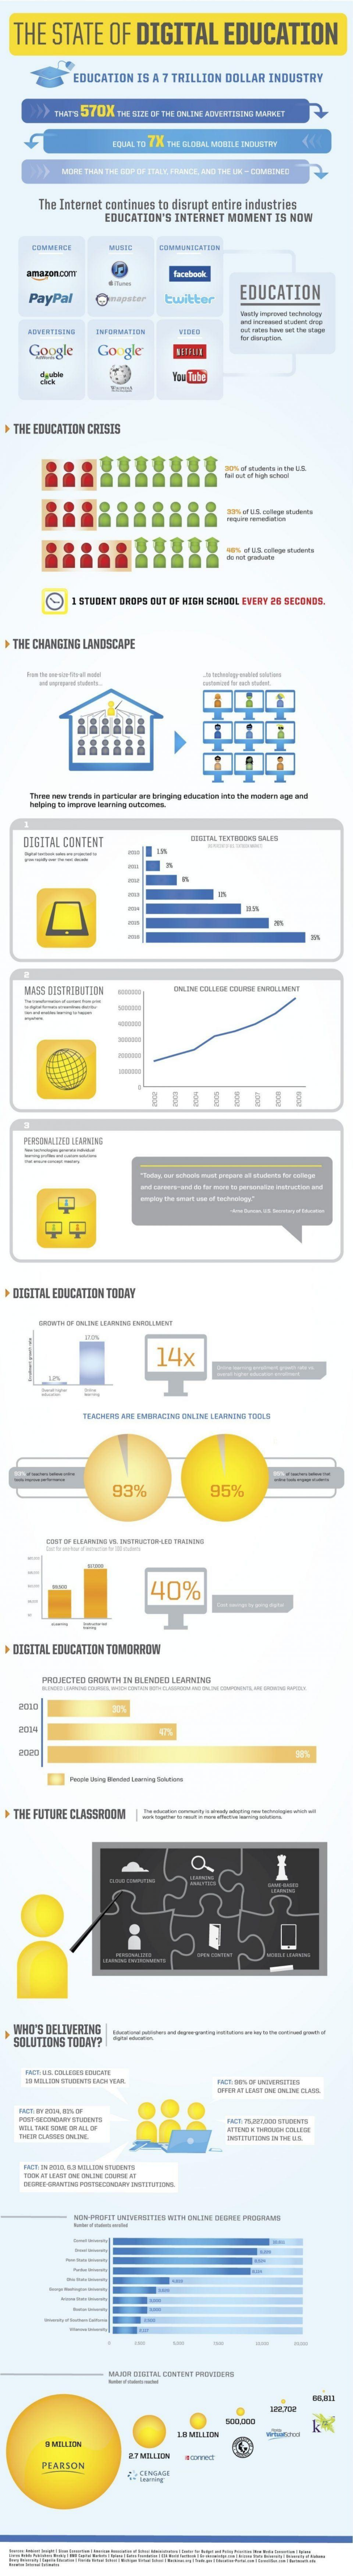
THE    STATE    OF    DIGITAL    EDUCATION
     EDUCATION    IS A 7 TRILLION    DOLLAR    INDUSTRY
     >>   THAT'S 570X   THE SIDE OF THE ONLINE ADVERTISING MARKET
     EQUAL TO 7X  THE GLBEAL MEILE INDUSTRY
     MIERS THAN THE BOP OF ESALS, FRANCE, AND THE UX - COMEMEG
     The Internet   continues   to disrupt   entire  industries
     EDUCATION'S    INTERNET    MOMENT    IS NOW
     PayPal    twitter
     EDUCATION
     Google    Google
   THE  EDUCATION   CRISES
     I STUDENT DROPS   CUT DIF NOCH SCHOOL  EVERY 28 SECONDS.
   THE CHANGING    LANDSCAPE
     Three new trends in particuler ane bringing education into the modern ope and
     helping to Improve learning outcomes.
     DIGITAL   CONTENT
     URSS BISTRINNTIEN    ONLINE DOLLERE BOURSE ENROLLMENT
     ==
     RRRRRRRR
   DIGITAL  EDUCATION    TODAY
     CROWITH OF ONLINE LEARNING ENROLLMENT
     14x
     TEACHERS ARE IMERACING ONLINE LEARNING TOOLS
     93%    95%
     40%
     -
   DIGITAL  EDUCATION    TOMORROW
     PROJECTED GROWTH   IM HELENDEDILERAMENG
    2014
   THE  FUTURE  CLASSROOM
     O
   WHO'S   DELIVERING
   SOLUTIONS    TODAY?    --
     FICE MAS CELLEDER EINCHE
     OFFER WT LENET ONE DALINE CLAIRE.
     FICE SLAPEDOR CTIONS
     BEIN DAMES ONLINE
     ROOM AT LEAST OME ONLINE COURSE RT
     MEN PROFIT UNIVERSITIES WITH BVLIN DIERIE PROGRAMS
     -    -
     506000
     MILLIEN
     PEARSON
     CCINCASE